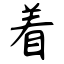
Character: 着